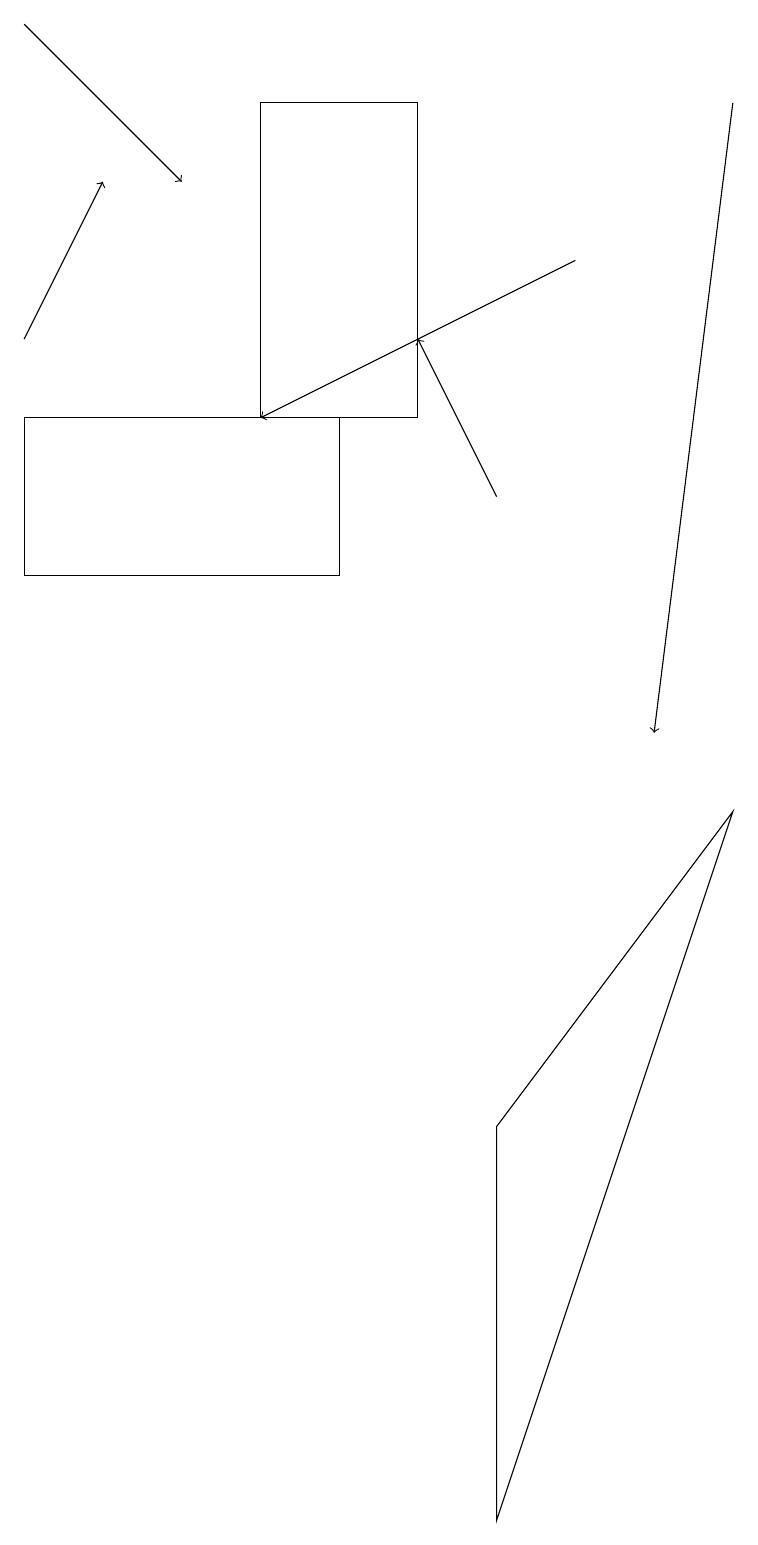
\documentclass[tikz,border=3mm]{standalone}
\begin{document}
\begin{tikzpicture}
\draw (6,0) -- (9,9) -- (6,5) -- cycle;
\draw[->] (0,15) -- (1,17);
\draw (0,14) rectangle (4,12);
\draw[->] (7,16) -- (3,14);
\draw[->] (0,19) -- (2,17);
\draw[->] (6,13) -- (5,15);
\draw[->] (9,18) -- (8,10);
\draw (5,18) rectangle (3,14);
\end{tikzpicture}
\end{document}